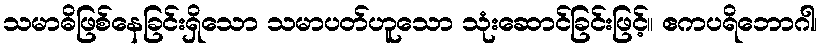
သမာဓိဖြစ်နေခြင်းရှိသော သမာပတ်ဟူသော သုံးဆောင်ခြင်းဖြင့်။ ဧကပရိဘောဂါ၊